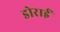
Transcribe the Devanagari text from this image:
डोराई